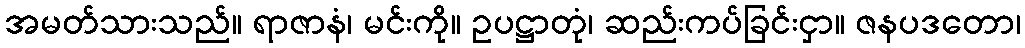
အမတ်သားသည်။ ရာဇာနံ၊ မင်းကို။ ဥပဋ္ဌာတုံ၊ ဆည်းကပ်ခြင်းငှာ။ ဇနပဒတော၊